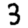
Digit: 3